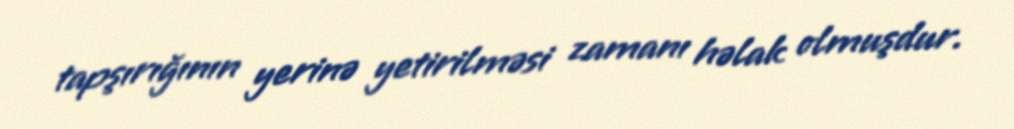
tapşırığının yerinə yetirilməsi zamanı həlak olmuşdur.